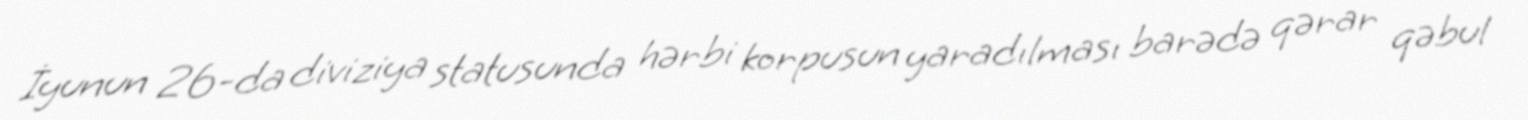
İyunun 26-da diviziya statusunda hərbi korpusun yaradılması barədə qərar qəbul